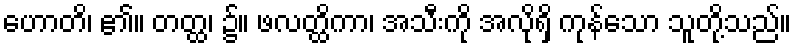
ဟောတိ၊ ၏။ တတ္ထ၊ ၌။ ဖလတ္ထိကာ၊ အသီးကို အလိုရှိ ကုန်သော သူတို့သည်။